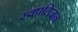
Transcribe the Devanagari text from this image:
स्वप्रतिजन